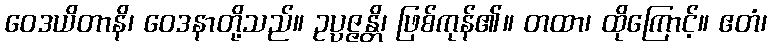
ဝေဒယိတာနိ၊ ဝေဒနာတို့သည်။ ဥပ္ပဇ္ဇန္တိ၊ ဖြစ်ကုန်၏။ တထာ၊ ထိုကြောင့်။ ဧတံ၊